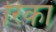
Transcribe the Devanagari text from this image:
रिकां